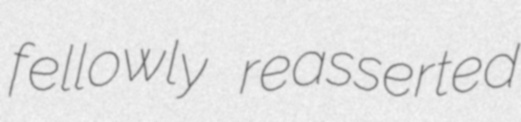
fellowly reasserted